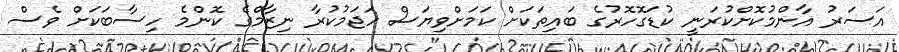
އަސަރު އާންމުކޮށްކުރަނީ ކުޑަގޮހޮރުގެ ބައިތަކަށް ކަމަށްވިޔަސް ހަޖަމުކުރާ ނިޒާމްގެ ކޮންމެ ހިސާބަކަށް ވެސް